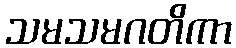
သမသမဂတိကာ